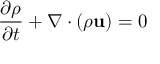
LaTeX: { \frac { \partial \rho } { \partial t } } + \nabla \cdot \left( \rho \mathbf { u } \right) = 0